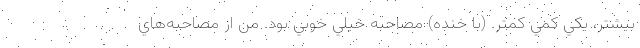
بيشتر، يكي كمي كمتر. (با خنده) مصاحبه خيلي خوبي بود. من از مصاحبه‌هاي